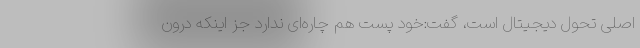
اصلی تحول دیجیتال است، گفت:خود پست‌ هم چاره‌ای ندارد جز اینکه درون